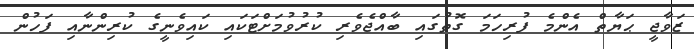
ޒަވާޖީ ޙަޔާތް އެންމެ ފުރިހަމަ ގޮތުގައި ބާއްޖެވެރި ކުރުވުމަށްޓަކައި ކައިވެނީގެ ކުރިންނާއި ފަހުން